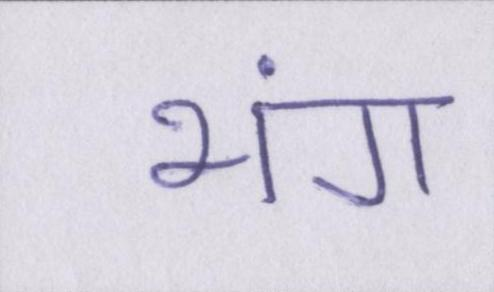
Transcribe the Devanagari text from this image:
भंग